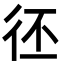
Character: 𢓖